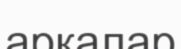
аркалар